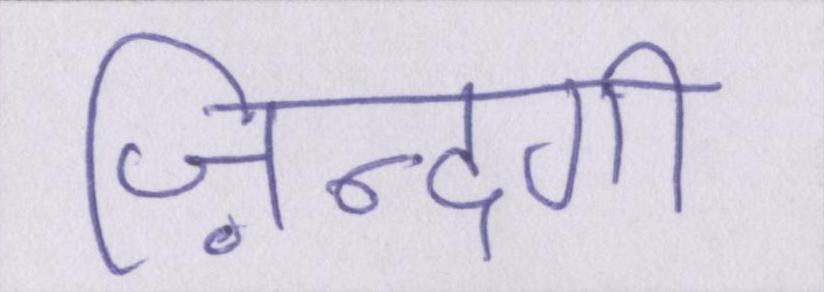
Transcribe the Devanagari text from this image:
ज़िन्दगी